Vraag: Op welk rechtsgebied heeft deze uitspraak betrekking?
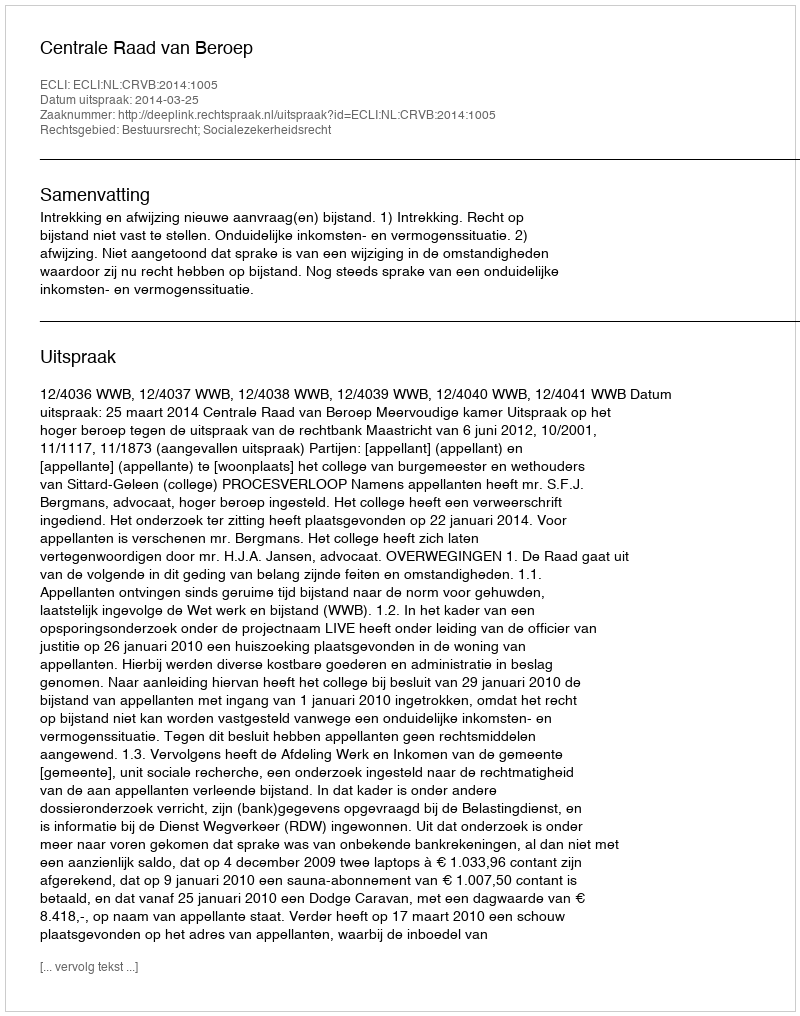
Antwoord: Bestuursrecht; Socialezekerheidsrecht